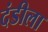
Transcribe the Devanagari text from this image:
दंडीला